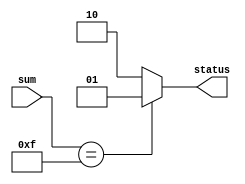
// ECE5440
// Module: check
// Description: The bonus for the Lab 1 assignment.
// use LEDs to indicate if the players successfully input numbers that add to 0xF
// FPGA has individual wires for different colored LEDs, output must have two signals

module check(
    //inputs
    sum,
    //outputs
    status);

    input [3:0] sum;
    // status[0] for green LED, status[1] for red
    output [1:0] status;
    reg [1:0] status;

    always @(sum)
    begin
        if( sum == 4'b1111 )
        begin
            status = 2'b01;
        end
        else
        begin
            status = 2'b10;
        end
    end
endmodule